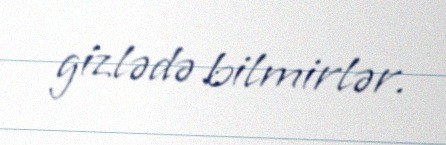
gizlədə bilmirlər.